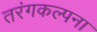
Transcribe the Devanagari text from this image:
तरंगकल्पना